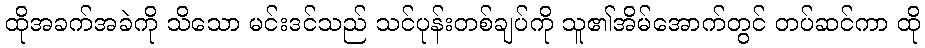
ထိုအခက်အခဲကို သိသော မင်းဒင်သည် သင်ပုန်းတစ်ချပ်ကို သူ၏အိမ်အောက်တွင် တပ်ဆင်ကာ ထို